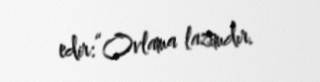
edir:“Ovlama lazımdır.